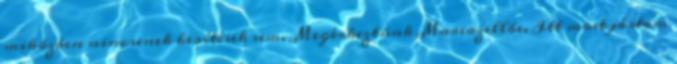
miközben nincsenek kerítések sem. Megérkeztünk Mariazellbe. Itt most jártam